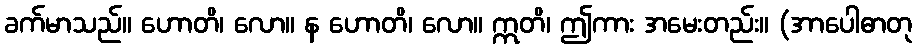
ခက်မာသည်။ ဟောတိ၊ လော။ န ဟောတိ၊ လော။ ဣတိ၊ ဤကား အမေးတည်း။ (အာပေါဓာတု